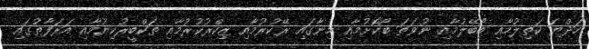
ހަދްޔަ ކަތިލުމާއި ބޯބޭލުމާއި ނުވަތަ ބޯކޮށުމާއި މިނާގައި ރޭކުރުމާއި ޒިކްރުކުރުމާއި ތަކްބީރުކިޔުމާއި އަރަފާތުގައި